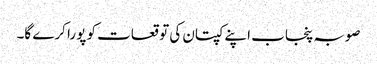
صوبہ پنجاب اپنے کپتان کی توقعات کو پورا کرے گا۔